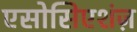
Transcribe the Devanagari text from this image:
एसोसिएशंज़